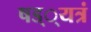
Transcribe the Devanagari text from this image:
षड््यत्रं